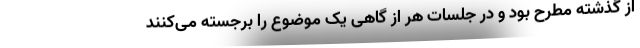
از گذشته مطرح بود و در جلسات هر از گاهی یک موضوع را برجسته می‌کنند